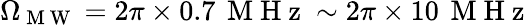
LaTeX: \Omega_{\mathrm{~M~W~}}=2\pi\times 0.7\, \mathrm{~M~H~z~}\sim 2\pi\times 10\, \mathrm{~M~H~z~}